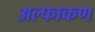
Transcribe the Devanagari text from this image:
अल्फाकण